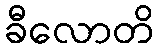
ခီလောတိ